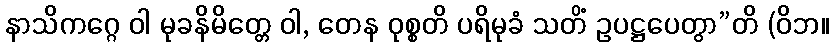
နာသိကဂ္ဂေ ဝါ မုခနိမိတ္တေ ဝါ, တေန ဝုစ္စတိ ပရိမုခံ သတိံ ဥပဋ္ဌပေတွာ”တိ (ဝိဘ။